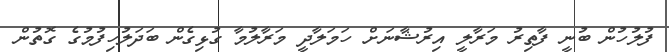
ފުލުހުން ބުނީ ފާތިރު މަރާލީ އިރުޝާނަށް ހަމަލާދީ މަރާލުމާ ގުޅިގެން ބަދަލުހިފުމުގެ ގޮތުން